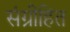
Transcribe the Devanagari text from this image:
संग्रीहित